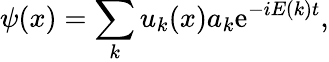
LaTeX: \psi(x)=\sum_{k}u_{k}(x)a_{k}\mathrm{e}^{-iE(k)t},